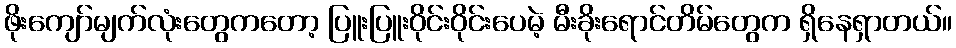
ဖိုးကျော်မျက်လုံးတွေကတော့ ပြူးပြူးဝိုင်းဝိုင်းပေမဲ့ မီးခိုးရောင်တိမ်တွေက ရှိနေရှာတယ်။